Annual statistical returns and brief notes on vaccination in Bengal - 1909-1929
Year: 1909
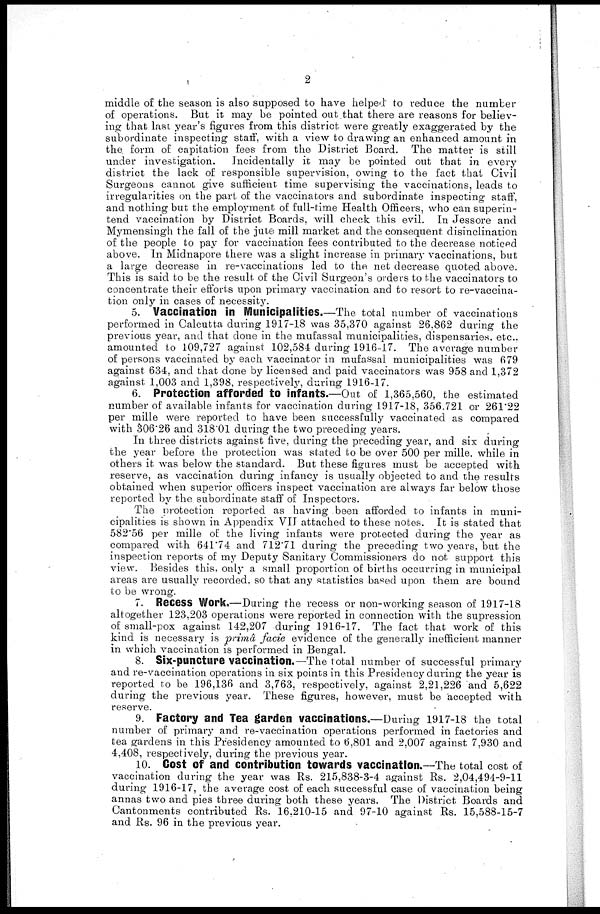
2
middle of the season is also supposed to have helped to reduce the number
of operations. But it may be pointed out that there are reasons for believ-
ing that last year's figures from this district were greatly exaggerated by the
subordinate inspecting staff, with a view to drawing an enhanced amount in
the form of capitation fees from the District Board. The matter is still
under investigation. Incidentally it may be pointed out that in every
district the lack of responsible supervision, owing to the fact that Civil
Surgeons cannot give sufficient time supervising the vaccinations, leads to
irregularities on the part of the vaccinators and subordinate inspecting staff,
and nothing but the employment of full-time Health Officers, who can superin-
tend vaccination by District Boards, will check this evil. In Jessore and
Mymensingh the fall of the jute mill market and the consequent disinclination
of the people to pay for vaccination fees contributed to the decrease noticed
above. In Midnapore there was a slight increase in primary vaccinations, but
a large decrease in re-vaccinations led to the net decrease quoted above.
This is said to be the result of the Civil Surgeon's orders to the vaccinators to
concentrate their efforts upon primary vaccination and to resort to re-vaccina-
tion only in cases of necessity.
5. Vaccination in Municipalities.—The total number of vaccinations
performed in Calcutta during 1917-18 was 35,370 against 26,862 during the
previous year, and that done in the mufassal municipalities, dispensaries, etc.,
amounted to 109,727 against 102,584 during 1916-17. The average number
of persons vaccinated by each vaccinator in mufassal municipalities was 679
against 634, and that done by licensed and paid vaccinators was 958 and 1,372
against 1,003 and 1,398, respectively, during 1916-17.
6. Protection afforded to infants.—Out of 1,365,560, the estimated
number of available infants for vaccination during 1917-18, 356.721 or 261'22
per mille were reported to have been successfully vaccinated as compared
with 306.26 and 318.01 during the two preceding years.
In three districts against five, during the preceding year, and six during
the year before the protection was stated to be over 500 per mille, while in
others it was below the standard. But these figures must be accepted with
reserve, as vaccination during infancy is usually objected to and the results
obtained when superior officers inspect vaccination are always far below those
reported by the subordinate staff of Inspectors.
The protection reported as having been afforded to infants in muni-
cipalities is shown in Appendix VII attached to these notes. It is stated that
582.56 per mille of the living infants were protected during the year as
compared with 641.74 and 712.71 during the preceding two years, but the
inspection reports of my Deputy Sanitary Commissioners do not support this
view. Besides this, only a small proportion of births occurring in municipal
areas are usually recorded, so that any statistics based upon them are bound
to be wrong.
7. Recess Work.—During the recess or non-working season of 1917-18
altogether 123,203 operations were reported in connection with the supression
of small-pox against 142,207 during 1916-17. The fact that work of this
kind is necessary is primâ facie evidence of the generally inefficient manner
in which vaccination is performed in Bengal.
8. Six-puncture vaccination.—The total number of successful primary
and re-vaccination operations in six points in this Presidency during the year is
reported to be 196,136 and 3,763, respectively, against 2,21,226 and 5,622
during the previous year. These figures, however, must be accepted with
reserve.
9. Factory and Tea garden vaccinations.—During 1917-18 the total
number of primary and re-vaccination operations performed in factories and
tea gardens in this Presidency amounted to 6,801 and 2,007 against 7,930 and
4,408, respectively, during the previous year.
10. Cost of and contribution towards vaccination.—The total cost of
vaccination during the year was Rs. 215,838-3-4 against Rs. 2,04,494-9-11
during 1916-17, the average cost of each successful case of vaccination being
annas two and pies three during both these years. The District Boards and
Cantonments contributed Rs. 16,210-15 and 97-10 against Rs. 15,588-15-7
and Rs. 96 in the previous year.